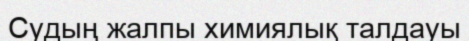
Судың жалпы химиялық талдауы